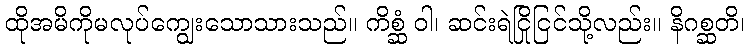
ထိုအမိကိုမလုပ်ကျွေးသောသားသည်။ ကိစ္ဆံ ဝါ၊ ဆင်းရဲငြိုငြင်သို့လည်း။ နိဂစ္ဆတိ၊